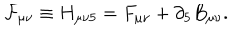
{ \cal F } _ { \mu \nu } \equiv H _ { \mu \nu 5 } = F _ { \mu \nu } + \partial _ { 5 } B _ { \mu \nu } .